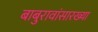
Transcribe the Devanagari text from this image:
बाबुरावांसारख्या